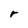
Character: r